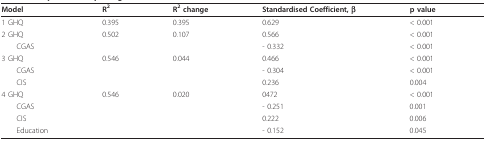
<table><thead><tr><td><b>Model</b></td><td><b>R<sup>2</sup></b></td><td><b>R<sup>2 </sup>change</b></td><td><b>Standardised Coefficient, β</b></td><td><b>p value</b></td></tr></thead><tbody><tr><td>1 GHQ</td><td>0.395</td><td>0.395</td><td>0.629</td><td>&lt; 0.001</td></tr><tr><td>2 GHQ</td><td>0.502</td><td>0.107</td><td>0.566</td><td>&lt; 0.001</td></tr><tr><td> CGAS</td><td></td><td></td><td>- 0.332</td><td>&lt; 0.001</td></tr><tr><td>3 GHQ</td><td>0.546</td><td>0.044</td><td>0.466</td><td>&lt; 0.001</td></tr><tr><td> CGAS</td><td></td><td></td><td>- 0.304</td><td>&lt; 0.001</td></tr><tr><td> CIS</td><td></td><td></td><td>0.236</td><td>0.004</td></tr><tr><td>4 GHQ</td><td>0.546</td><td>0.020</td><td>0472</td><td>&lt; 0.001</td></tr><tr><td> CGAS</td><td></td><td></td><td>- 0.251</td><td>0.001</td></tr><tr><td> CIS</td><td></td><td></td><td>0.222</td><td>0.006</td></tr><tr><td> Education</td><td></td><td></td><td>- 0.152</td><td>0.045</td></tr></tbody></table>